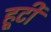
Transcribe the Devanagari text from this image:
हूटी